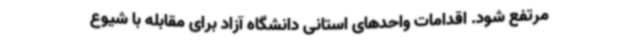
مرتفع شود. اقدامات واحدهای استانی دانشگاه آزاد برای مقابله با شیوع